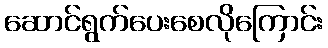
ဆောင်ရွက်ပေးစေလိုကြောင်း